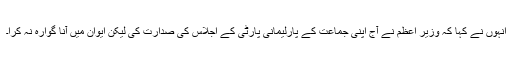
انہوں نے کہا کہ وزیر اعظم نے آج اپنی جماعت کے پارلیمانی پارٹی کے اجلاس کی صدارت کی لیکن ایوان میں آنا گوارہ نہ کرا۔